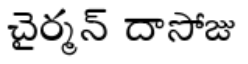
చైర్మన్ దాసోజు